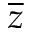
\overline { z }